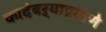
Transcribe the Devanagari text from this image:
कादंबऱ्याप्रमाणे